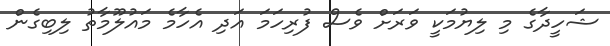
ޝަހީދާގެ މި ލިޔުމަކީ ވަރަށް ވެސް ފުރިހަމަ އަދި އެހާމެ މައުލޫމާތު ލިބިގެން